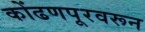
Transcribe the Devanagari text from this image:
कोंढणपूरवरून